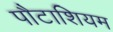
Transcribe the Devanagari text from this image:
पौटाशियम